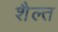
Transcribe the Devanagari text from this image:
शैल्त